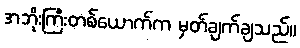
အဘိုးကြီးတစ်ယောက်က မှတ်ချက်ချသည်။